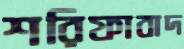
শরিফাবাদ